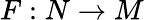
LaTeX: F:N\to M